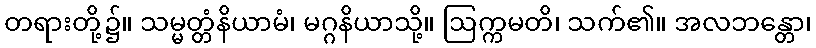
တရားတို့၌။ သမ္မတ္တံနိယာမံ၊ မဂ္ဂနိယာသို့။ ဩက္ကမတိ၊ သက်၏။ အလဘန္တော၊